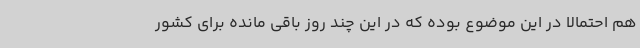
هم احتمالا در این موضوع بوده که در این چند روز باقی مانده برای کشور